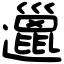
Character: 邋